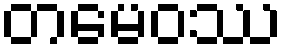
တမေဝဿ